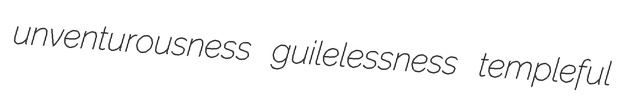
unventurousness guilelessness templeful